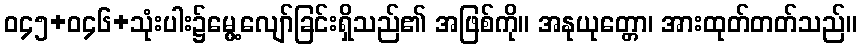
ဝ၄၅+ဝ၄၆+သုံးပါး၌မွေ့လျော်ခြင်းရှိသည်၏ အဖြစ်ကို။ အနုယုတ္တော၊ အားထုတ်တတ်သည်။